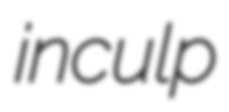
inculp